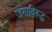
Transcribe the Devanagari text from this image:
जगाविरुद्ध